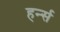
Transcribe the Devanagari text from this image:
हर्न्स